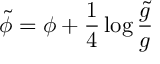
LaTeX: \tilde { \phi } = \phi + \frac { 1 } { 4 } \log \frac { \tilde { g } } { g }